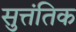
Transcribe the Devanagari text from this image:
सुत्तंतिक